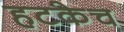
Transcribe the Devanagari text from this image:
हटकेच